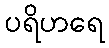
ပရိဟရေ